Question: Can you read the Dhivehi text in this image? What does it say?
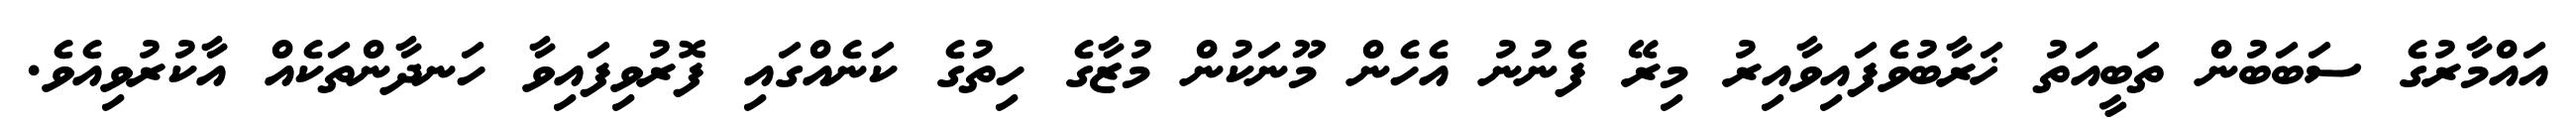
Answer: އައްމާރުގެ ސަބަބުން ތަބީއަތު ޚަރާބުވެފައިވާއިރު މިރޭ ފެނުނު އެހެން މޫނަކުން މުޒާގެ ހިތުގެ ކަނެއްގައި ފޮރުވިފައިވާ ހަނދާންތަކެއް އާކުރުވިއެވެ.